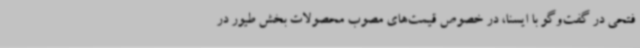
فتحی در گفت‌وگو با ایسنا، در خصوص قیمت‌های مصوب محصولات بخش طیور در